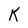
Character: K